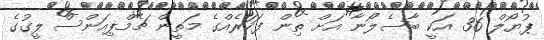
ޕުޔޯލް 36 އަކީ ބާސެލޯނާ އަށް ތިން ފަހަރެއްގެ މަތީން ޗެމްޕިއަންސް ލީގުގެ